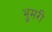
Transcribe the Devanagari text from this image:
भुमरी